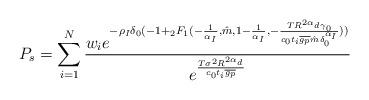
LaTeX: \begin{align*}P_s=\sum\limits_{i=1}^N \frac{w_i e^{-\rho_I \delta_0 (-1 + {}_2F_1(-\frac{1}{\alpha_I}, \hat{m}, 1-\frac{1}{\alpha_I}, -\frac{T R^{2 \alpha_d} \gamma_0}{c_0 t_i \overline{g_p} \hat{m} \delta_0^{\alpha_I}})) } }{ e^{\frac{T \sigma^2 R^{2 \alpha_d}}{c_0 t_i \overline{g_p}}} }\end{align*}